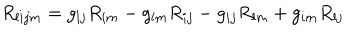
LaTeX: R _ { l i j m } ^ { { } } = g _ { l j } R _ { i m } ^ { { } } - g _ { l m } R _ { i j } ^ { { } } - g _ { i j } R _ { l m } ^ { { } } + g _ { i m } R _ { l j } ^ { { } }